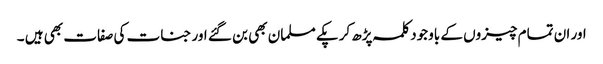
اور ان تمام چیزوں کے باوجود کلمہ پڑھ کرپکے مسلمان بھی بن گئے اور جنات کی صفات بھی ہیں ۔